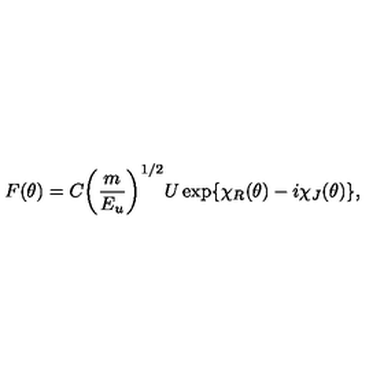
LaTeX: F ( \theta ) = C { \left( \frac { m } { E _ { u } } \right) } ^ { 1 / 2 } U \exp \{ \chi _ { R } ( \theta ) - i \chi _ { J } ( \theta ) \} ,